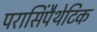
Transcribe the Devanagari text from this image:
परासिंपैथेटिक